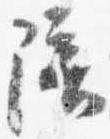
陪